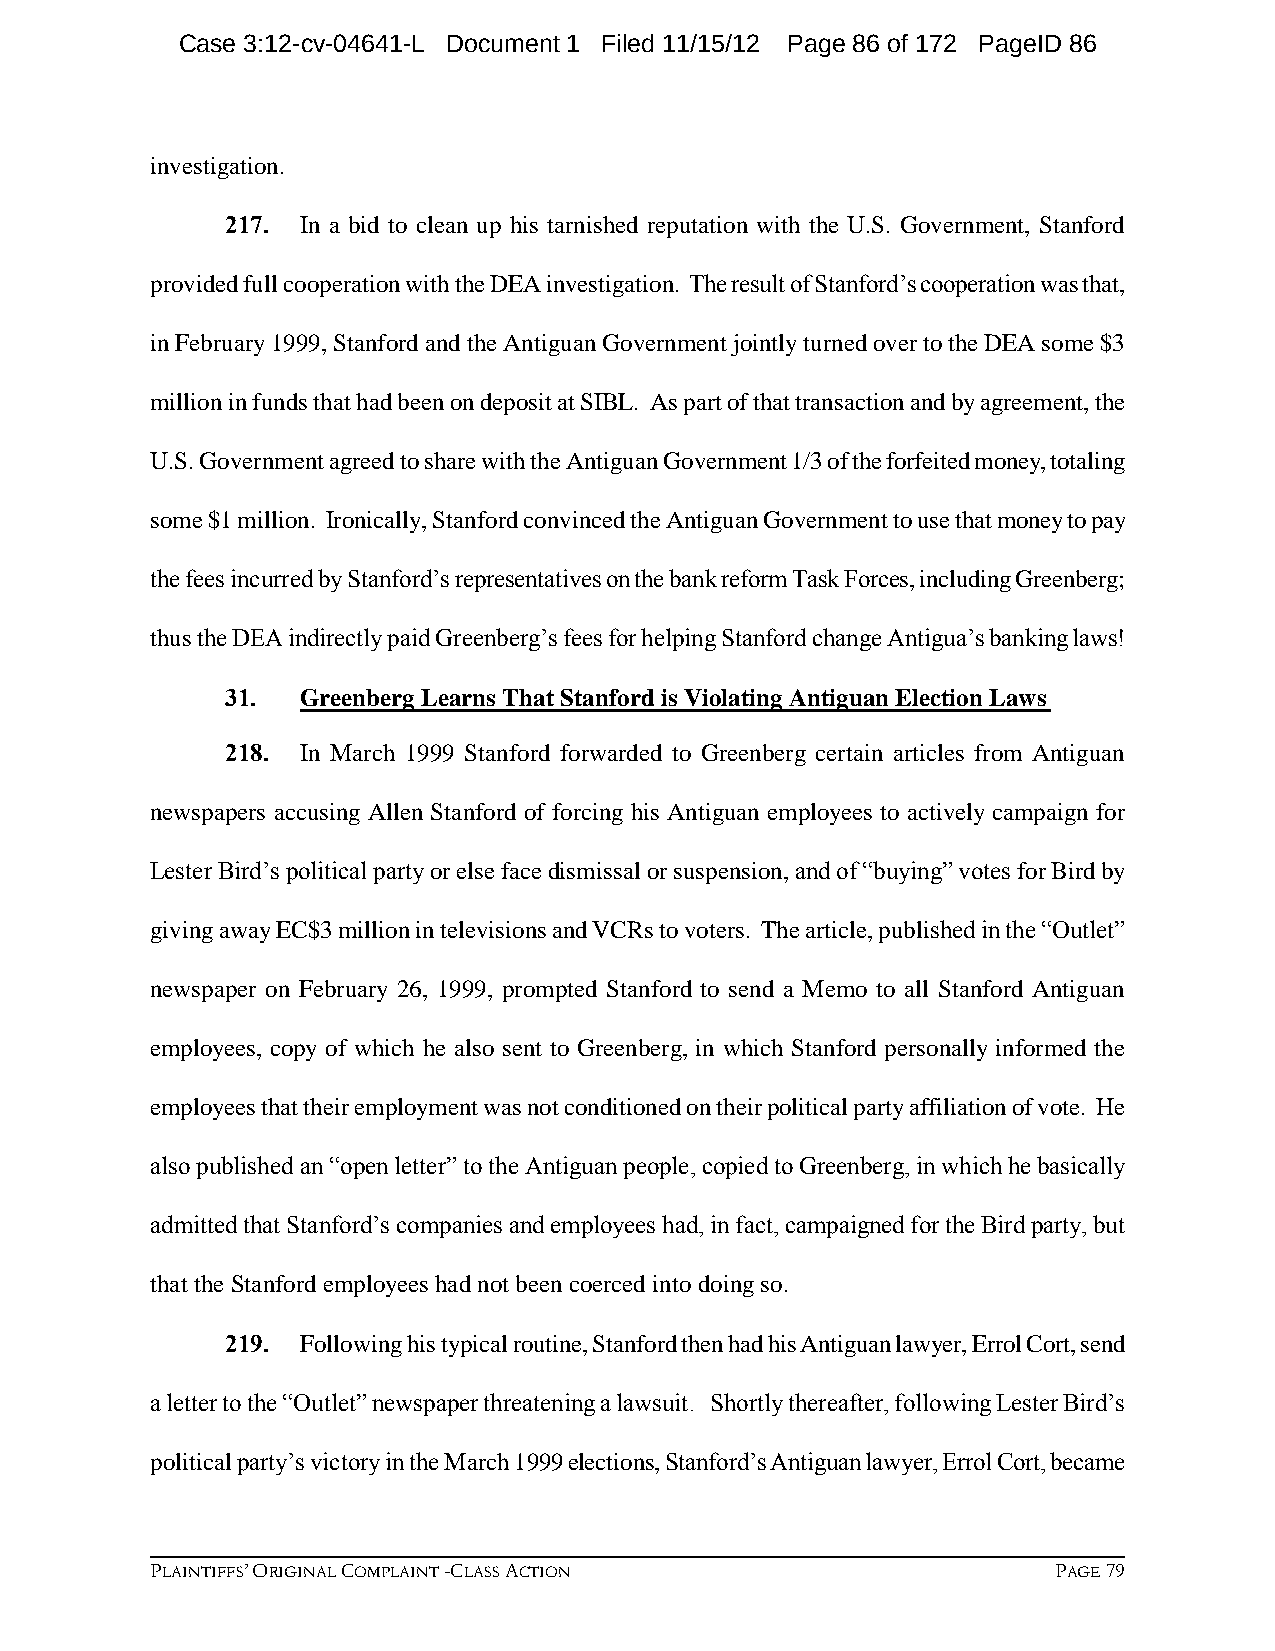
Case 3:12-cv-04641-L Document 1 Filed 11/15/12 Page 86 of 172 PageID 86
 investigation.
 217. In a bid to clean up his tarnished reputation with the U.S. Government, Stanford
 provided full cooperation with the DEA investigation. The result of Stanford’s cooperation was that,
 in February 1999, Stanford and the Antiguan Government jointly turned over to the DEA some $3
 million in funds that had been on deposit at SIBL. As part of that transaction and by agreement, the
 U.S. Government agreed to share with the Antiguan Government 1/3 of the forfeited money, totaling
 some $1 million. Ironically, Stanford convinced the Antiguan Government to use that money to pay
 the fees incurred by Stanford’s representatives on the bank reform Task Forces, including Greenberg;
 thus the DEA indirectly paid Greenberg’s fees for helping Stanford change Antigua’s banking laws!
 31.  Greenberg Learns That Stanford is Violating Antiguan Election Laws
 218. In March 1999 Stanford forwarded to Greenberg certain articles from Antiguan
 newspapers accusing Allen Stanford of forcing his Antiguan employees to actively campaign for
 Lester Bird’s political party or else face dismissal or suspension, and of “buying” votes for Bird by
 giving away EC$3 million in televisions and VCRs to voters. The article, published in the “Outlet”
 newspaper on February 26, 1999, prompted Stanford to send a Memo to all Stanford Antiguan
 employees, copy of which he also sent to Greenberg, in which Stanford personally informed the
 employees that their employment was not conditioned on their political party affiliation of vote. He
 also published an “open letter” to the Antiguan people, copied to Greenberg, in which he basically
 admitted that Stanford’s companies and employees had, in fact, campaigned for the Bird party, but
 that the Stanford employees had not been coerced into doing so.
 219. Following his typical routine, Stanford then had his Antiguan lawyer, Errol Cort, send
 a letter to the “Outlet” newspaper threatening a lawsuit. Shortly thereafter, following Lester Bird’s
 political party’s victory in the March 1999 elections, Stanford’s Antiguan lawyer, Errol Cort, became
 PLAINTIFFS’ ORIGINAL COMPLAINT -CLASS ACTION                PAGE 79